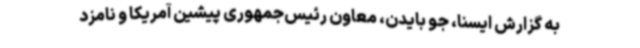
به گزارش ایسنا، جو بایدن، معاون رئیس‌جمهوری پیشین آمریکا و نامزد